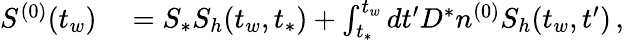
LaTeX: \begin{array}{rl}{S^{(0)}(t_{w})}&{{}=S_{*}S_{h}(t_{w},t_{*})+\int_{t_{*}}^{t_{w}}dt^{\prime}D^{*}n^{(0)}S_{h}(t_{w},t^{\prime})\, ,}\end{array}